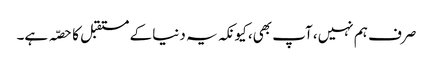
صرف ہم نہیں، آپ بھی، کیونکہ یہ دنیا کے مستقبل کا حصّہ ہے۔